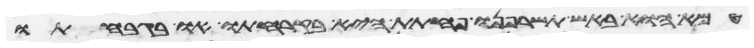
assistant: טמא הוא באש תשרפנו פחתת היא בקרחתו או בגבחתו